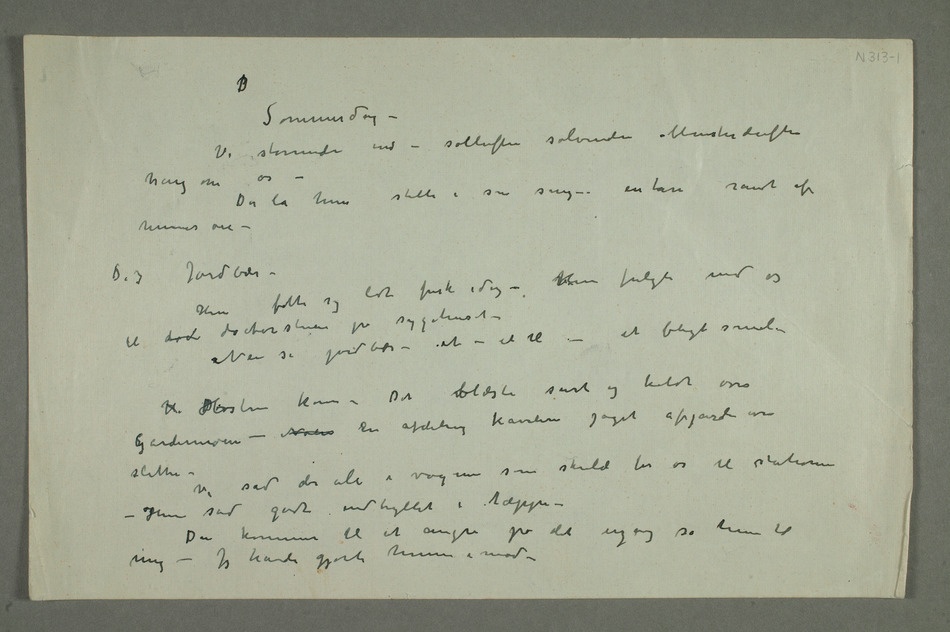
Sommerdag –
Vi stormede ind – solluften solvinden blomsterduften
hang om os
Nei se jordbær – et – et til – et blegt smil –
H DHøsten kom – Det blæste surt og koldt over
kavalerer jaget afgårde
som skulde føre os til stationen
– Hun sad godt indhyllet i tæppe –
Du kommer til at angre på det engang sa hun til
mig – Jeg havde gjort henne i mod –